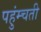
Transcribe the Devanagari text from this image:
पहुंम्चती